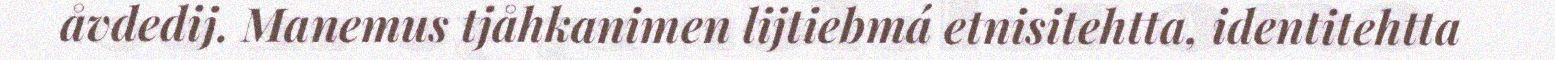
åvdedij. Manemus tjåhkanimen lijtiebmá etnisitehtta, identitehtta